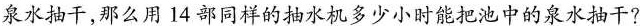
泉水抽干，那么用14部同样的抽水机多少小时能把池中的泉水抽干?